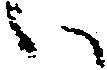
い